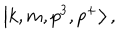
\left| k , m , p ^ { 3 } , p ^ { + } \right> ,